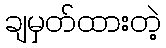
ချမှတ်ထားတဲ့